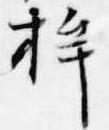
桙